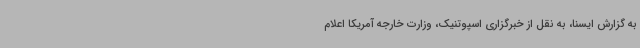
به گزارش ایسنا، به نقل از خبرگزاری اسپوتنیک، وزارت خارجه آمریکا اعلام